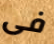
فى